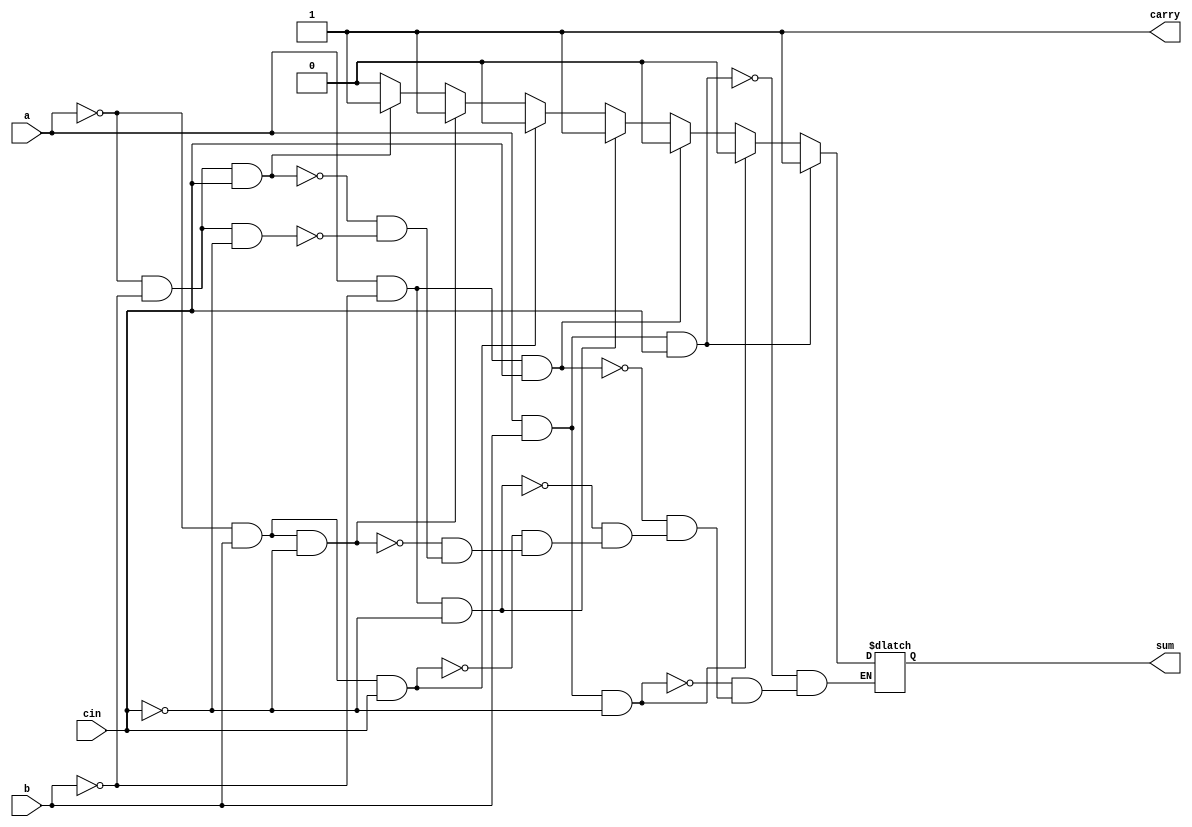
module full_Adder(a,b,cin,sum,carry);
  input a,b,cin;
  output reg sum,carry;
  
  always@(*) begin
  if (a == 1'b0 && b == 1'b0 && cin == 1'b0 )
     sum = 1'b0;
	 carry = 1'b0;
   
  if (a == 1'b0 && b == 1'b0 && cin == 1'b1 )
     sum = 1'b1;
	 carry = 1'b0;

  if (a == 1'b0 && b == 1'b1 && cin == 1'b0 )
     sum = 1'b1;
	 carry = 1'b0;

  if (a == 1'b0 && b == 1'b1 && cin == 1'b1 )
	  sum = 1'b0;
	  carry = 1'b1;

  	  
  if (a == 1'b1 && b == 1'b0 && cin == 1'b0 )
     sum = 1'b1;
	 carry = 1'b0;

  	 
  if (a == 1'b1 && b == 1'b0 && cin == 1'b1 )
     sum = 1'b0;
	 carry = 1'b1;
   

  if (a == 1'b1 && b == 1'b1 && cin == 1'b0 )
     sum = 1'b0;
	 carry = 1'b1;

   
  if (a == 1'b1 && b == 1'b1 && cin == 1'b1 )
     sum = 1'b1;
	 carry = 1'b1;
  end
endmodule